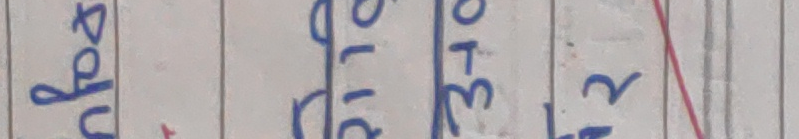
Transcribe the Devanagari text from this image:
पदु त्रिगो मि३ २र